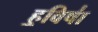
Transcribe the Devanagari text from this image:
ह॒विषा॑